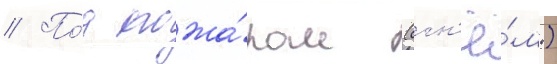
// По́д пожа́ром (огн'ё́м)